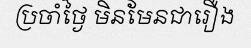
ប្រចាំថ្ងៃ មិនមែនជារឿង